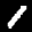
Label: 1